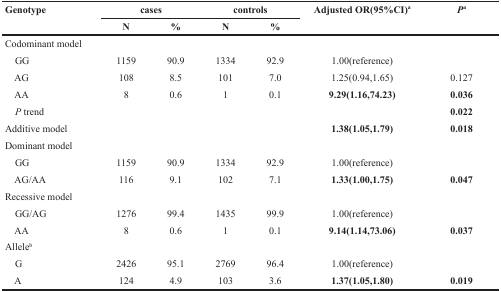
| <ROWSPAN=2> Genotype | <COLSPAN=2> cases | <COLSPAN=2> controls | <ROWSPAN=2> Adjusted OR(95%CI)a | <ROWSPAN=2> Pa |
 | N | % | N | % |
 | --- | --- | --- | --- | --- | --- | --- |
 | <COLSPAN=7> Codominant model |
 | GG | 1159 | 90.9 | 1334 | 92.9 | 1.00(reference) |  |
 | AG | 108 | 8.5 | 101 | 7.0 | 1.25(0.94,1.65) | 0.127 |
 | AA | 8 | 0.6 | 1 | 0.1 | 9.29(1.16,74.23) | 0.036 |
 | P trend |  |  |  |  |  | 0.022 |
 | Additive model |  |  |  |  | 1.38(1.05,1.79) | 0.018 |
 | <COLSPAN=7> Dominant model |
 | GG | 1159 | 90.9 | 1334 | 92.9 | 1.00(reference) |  |
 | AG/AA | 116 | 9.1 | 102 | 7.1 | 1.33(1.00,1.75) | 0.047 |
 | <COLSPAN=7> Recessive model |
 | GG/AG | 1276 | 99.4 | 1435 | 99.9 | 1.00(reference) |  |
 | AA | 8 | 0.6 | 1 | 0.1 | 9.14(1.14,73.06) | 0.037 |
 | <COLSPAN=7> Alleleb |
 | G | 2426 | 95.1 | 2769 | 96.4 | 1.00(reference) |  |
 | A | 124 | 4.9 | 103 | 3.6 | 1.37(1.05,1.80) | 0.019 |